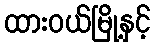
ထားဝယ်မြို့နှင့်